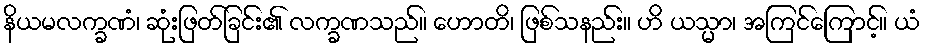
နိယမလက္ခဏံ၊ ဆုံးဖြတ်ခြင်း၏ လက္ခဏသည်။ ဟောတိ၊ ဖြစ်သနည်း။ ဟိ ယသ္မာ၊ အကြင်ကြောင့်။ ယံ